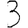
Digit: 3